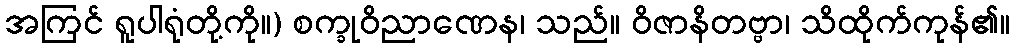
အကြင် ရူပါရုံတို့ကို။) စက္ခုဝိညာဏေန၊ သည်။ ဝိဇာနိတဗ္ဗာ၊ သိထိုက်ကုန်၏။